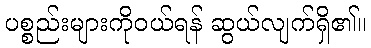
ပစ္စည်းများကိုဝယ်ရန် ဆွယ်လျက်ရှိ၏။